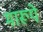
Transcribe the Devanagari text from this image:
मारूपे